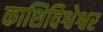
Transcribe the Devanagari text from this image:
काशिविश्वेश्वर